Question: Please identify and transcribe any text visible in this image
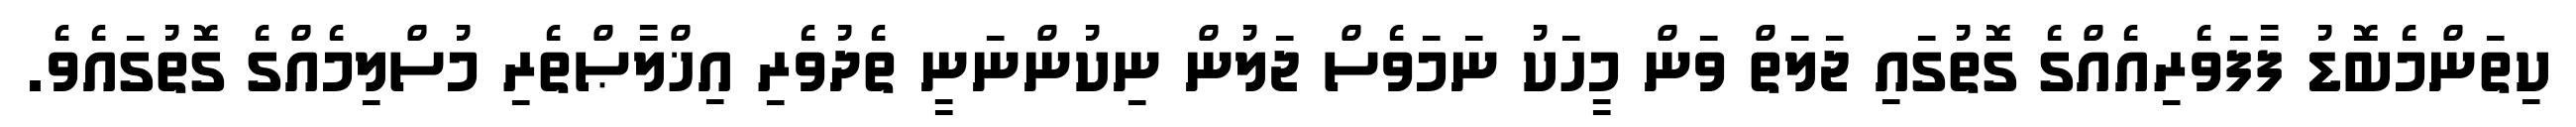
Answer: ކިތަންމެބޮޑު ފާފަވެރިއެއްގެ ގޮތުގައި ޖަލަތް ވަން މީހަކު ނަމަވެސް ޖަލުން ނިކުންނަނީ ތެދުވެރި އިޚްލާޞްތެރި މުސްލިމެއްގެ ގޮތުގައެވެ.